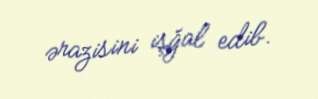
ərazisini işğal edib.